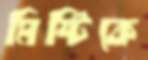
মিষ্টিকে